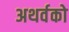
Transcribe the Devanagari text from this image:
अथर्वको